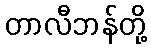
တာလီဘန်တို့